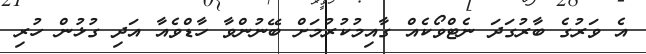
އެ ވަރުގެ ބާރުގަދަ ނެޓްވޯކެއް ގާއިމުކުރުމަށް ބޭނުންވާ ހާޑްވެއާ އަދި ގުޅުން ހުރި